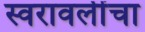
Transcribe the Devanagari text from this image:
स्वरावलींचा